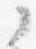
ノ